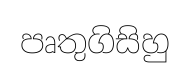
පෘතුගිසිහු